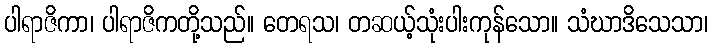
ပါရာဇိကာ၊ ပါရာဇိကတို့သည်။ တေရသ၊ တဆယ့်သုံးပါးကုန်သော။ သံဃာဒိသေသာ၊